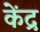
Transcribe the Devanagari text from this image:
केंद्र